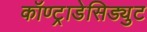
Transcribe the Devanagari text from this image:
कॉण्ट्राडेसिड्युट